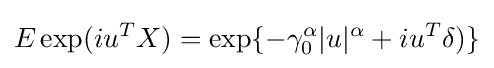
E\exp(iu^{T}X)=\exp\{-\gamma _{0}^{\alpha }|u|^{\alpha }+iu^{T}\delta )\}